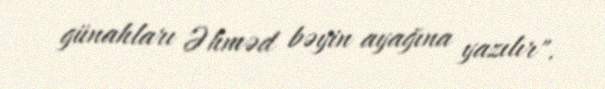
günahları Əhməd bəyin ayağına yazılır".